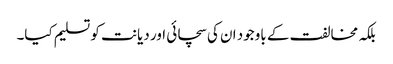
بلکہ مخالفت کے باوجود ان کی سچائی اور دیانت کو تسلیم کیا۔